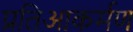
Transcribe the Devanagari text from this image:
प्रतिआकर्मण